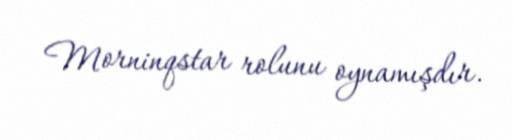
Morninqstar rolunu oynamışdır.